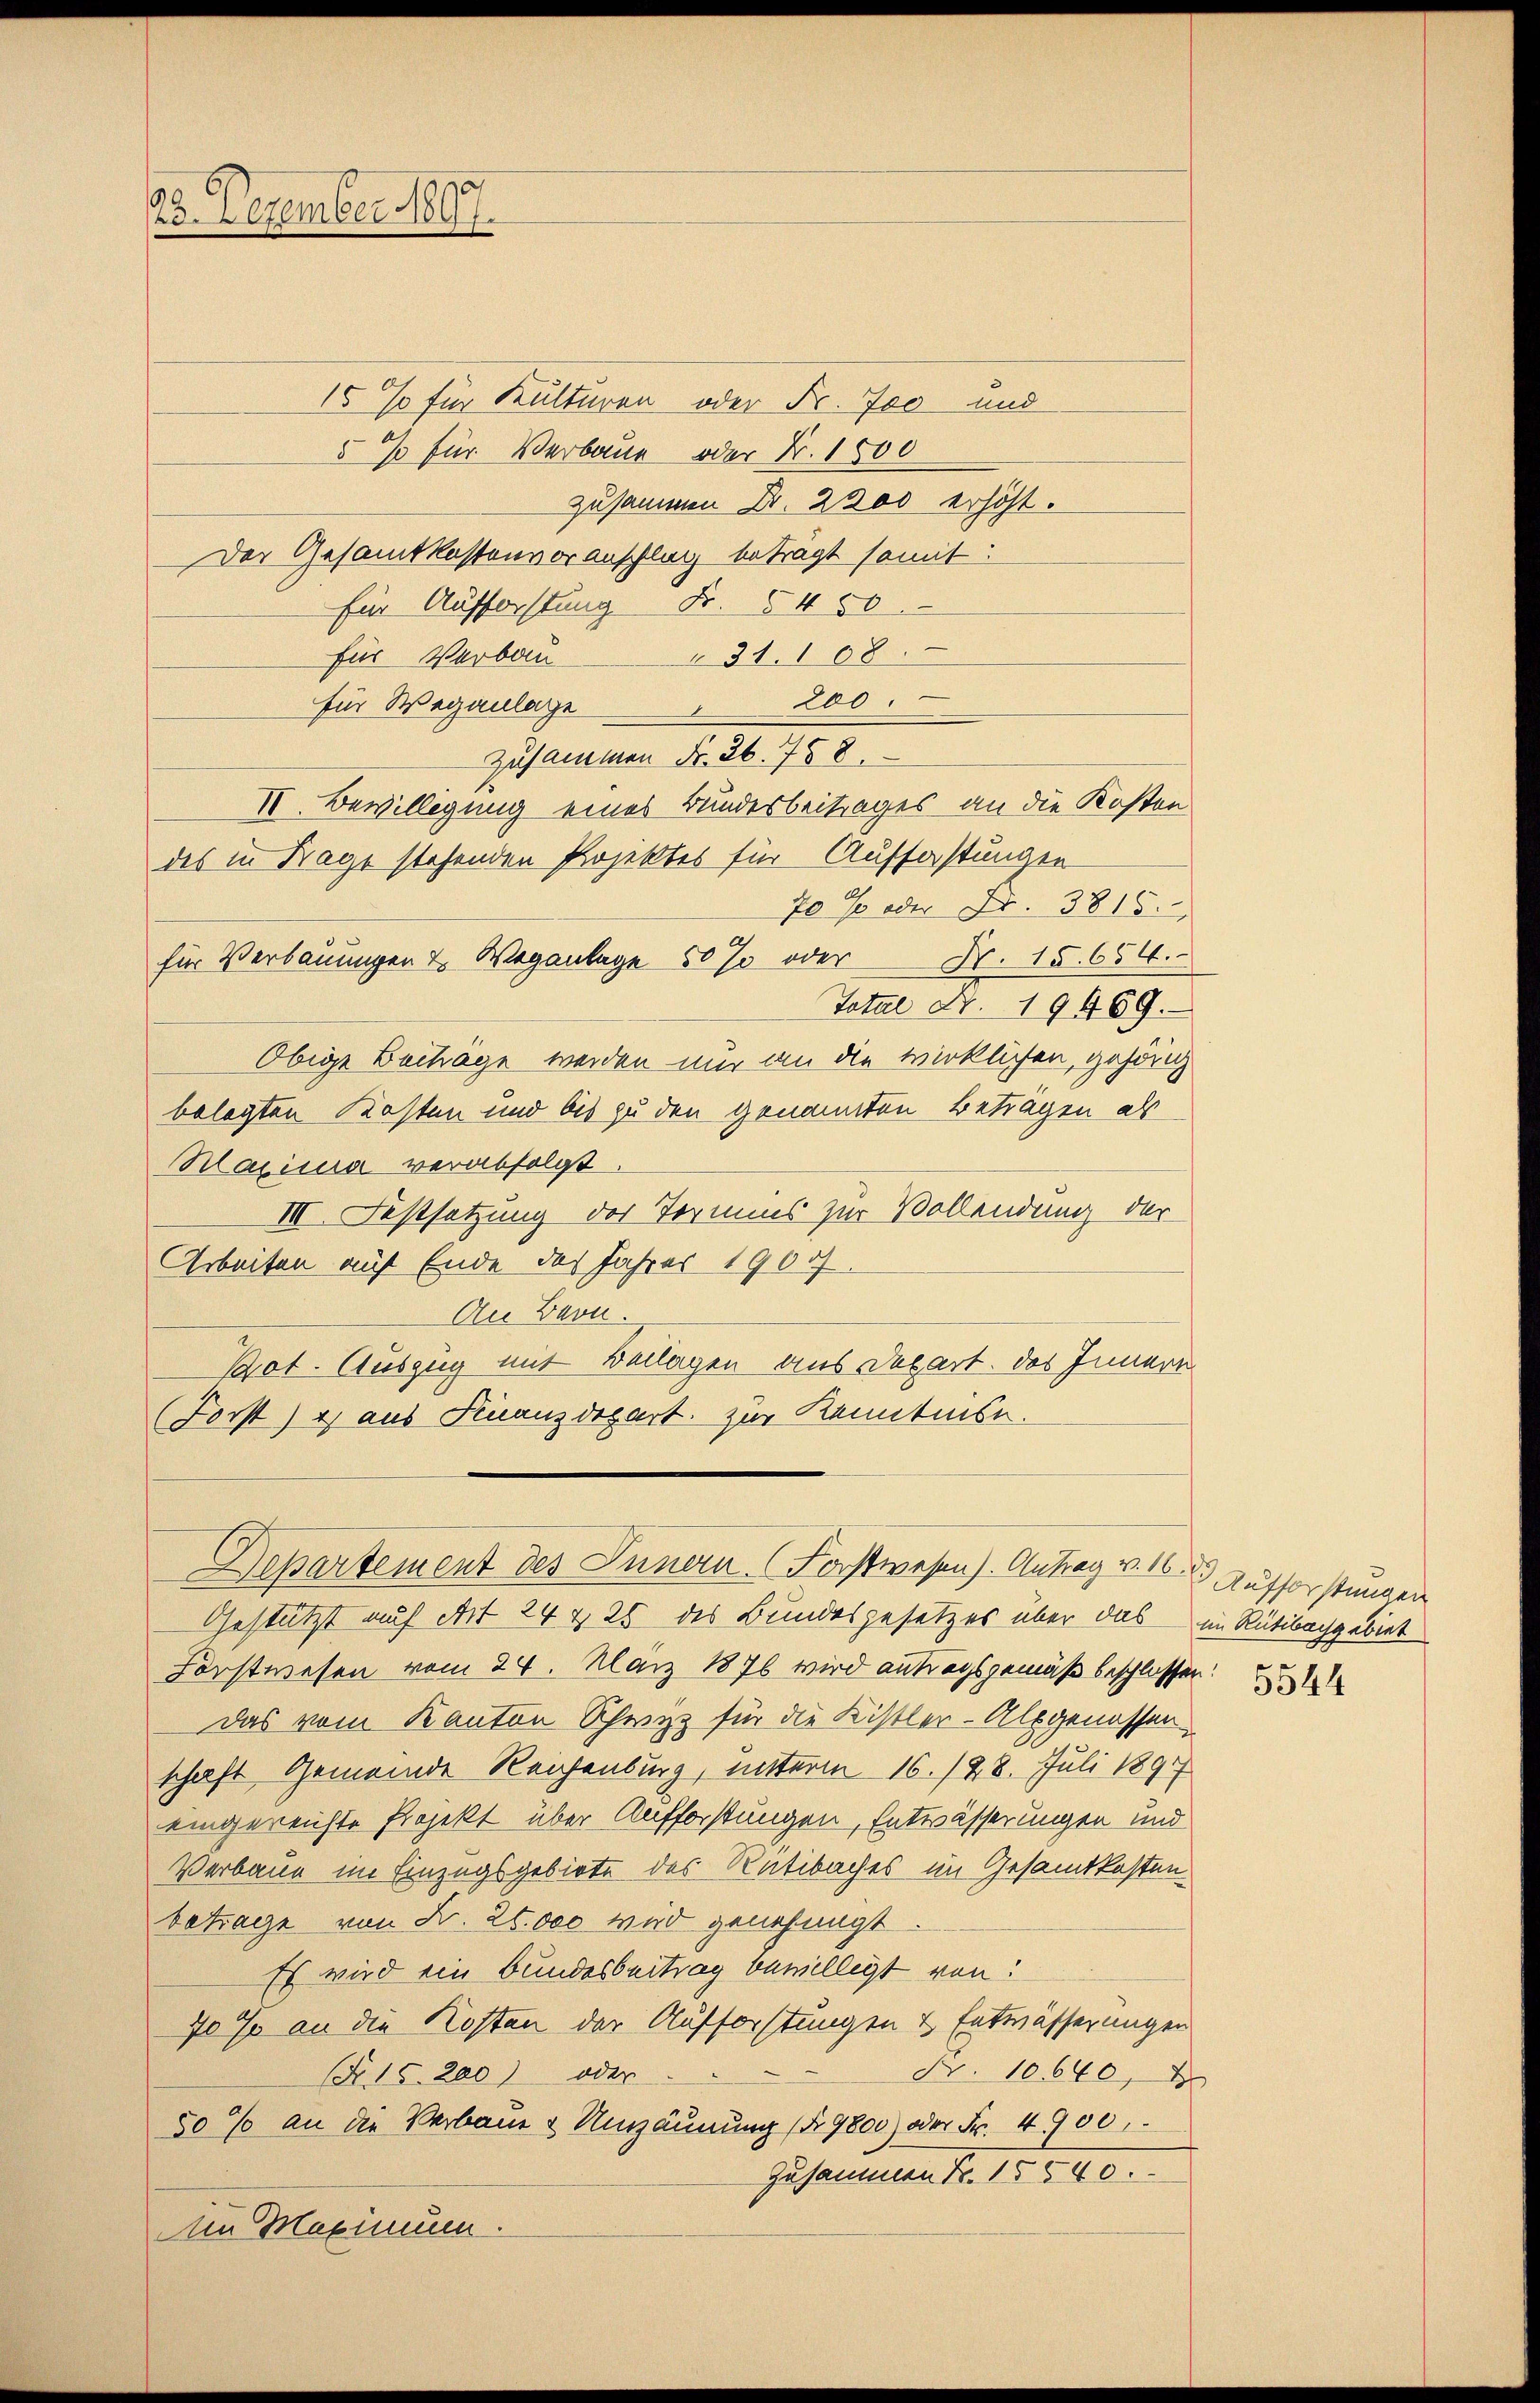
.
23. Dezember 1897.

15 % für Kulturen oder Fr. Joo und
5% für Verbaue oder Nr. 1500
zusammen Dr. 2200 erhöht.
Der Gesamtkostenvoranschlag betragt somit:
für Aufforstung Fr. 5450
31.108.
für Verbau¬
200
für Weganlage
x
zusammen Fr. 26. 758.
II. Bewilligung eines Bundesbeitrages an die Kosten
des in Frage stehenden Projektes für Auffastungen
70 % oder Fr. 3815.
Total Nr. 19469.
Obige Beiträge werden nur an die wirklichen, gehörig
belegten Kosten und bis zu den genannten Beträgen als
Mazisca verabfolgt.
III. Festsetzung der Termins zur Vollendung der
Arbeiten auf Ende des Jahres 1900/
An Bern.
Pot. Auszug mit Beilagen aus Depart. Das Innern
(Forst) u. aus Finanzdepart zur Kenntnis.
Departement des Innern Forstwesen). Antrag v. 10. Aufforstungen
Gestützt auf Art 24 & 25 des Bundesgesetzes über das im Rütibachgebiet
Forstwesen vom 24. März 1876 wird antragsgemäß beschlossen:
Das vom Kanton Schrizz für die Kistler-Alpgenossen
schaft Gemeinde Reichenburg, unterm 16. 128. Juli 1891
eingereichte Projekt über Aufforstungen, Entwässerungen und
Verbaue im Einzugsgebiete des Rütibaches im Gesamtkostenbetrage von Fr. 20.000 wird genehmigt
Es wird ein Bundesbeitrag bewilligt von
70 % an die Kosten der Aufforstungen & Entwässerungen
Nr. 10640, 4
(Nr. 15. 200) oder
50% an die Verbaue & Umzäunung (Nr. 9800) oder Fr. 4900.
zusammen Fr. 15840.
Aen Maximum.

für Verbauungen u. Weganlage 50% oder Nr. 15. 654.

5544